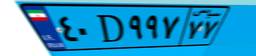
۴۰D۹۹۷۷۷